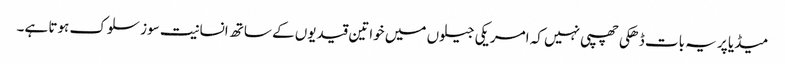
میڈیا پر یہ بات ڈھکی چھپی نہیں کہ امریکی جیلوں میں خواتین قیدیوں کے ساتھ انسانیت سوز سلوک ہوتا ہے۔